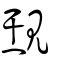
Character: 覝